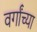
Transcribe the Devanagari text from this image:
वर्गांच्‍या